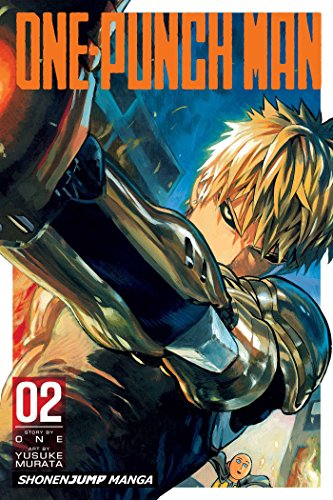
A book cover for One-Punch Man, Vol. 2; ONE; Comics & Graphic Novels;